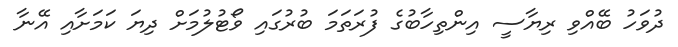
ދުވަހު ބޭއްވި ރިޔާސީ އިންތިހާބުގެ ފުރަތަމަ ބުރުގައި ވޯޓުލުމަށް ދިޔަ ކަމަށާއި އޭނާ